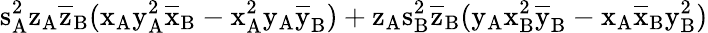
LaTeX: \mathrm{s_{A}^{2}\mathrm{z_{A}\mathrm{\overline{{z}}_{B}(\mathrm{x_{A}\mathrm{y_{A}^{2}\mathrm{\overline{{x}}_{B}-\mathrm{x_{A}^{2}\mathrm{y_{A}\mathrm{\overline{{y}}_{B})+\mathrm{z_{A}\mathrm{s_{B}^{2}\mathrm{\overline{{z}}_{B}(\mathrm{y_{A}\mathrm{x_{B}^{2}\mathrm{\overline{{y}}_{B}-\mathrm{x_{A}\mathrm{\overline{{x}}_{B}\mathrm{y_{B}^{2})}}}}}}}}}}}}}}}}}}